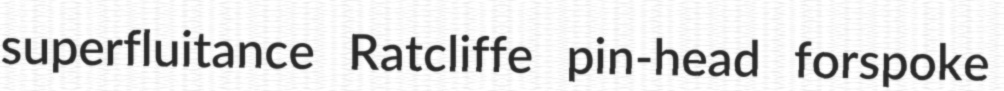
superfluitance Ratcliffe pin-head forspoke